Medical and sanitary report on the native army of Bombay for the year
Year: 1878
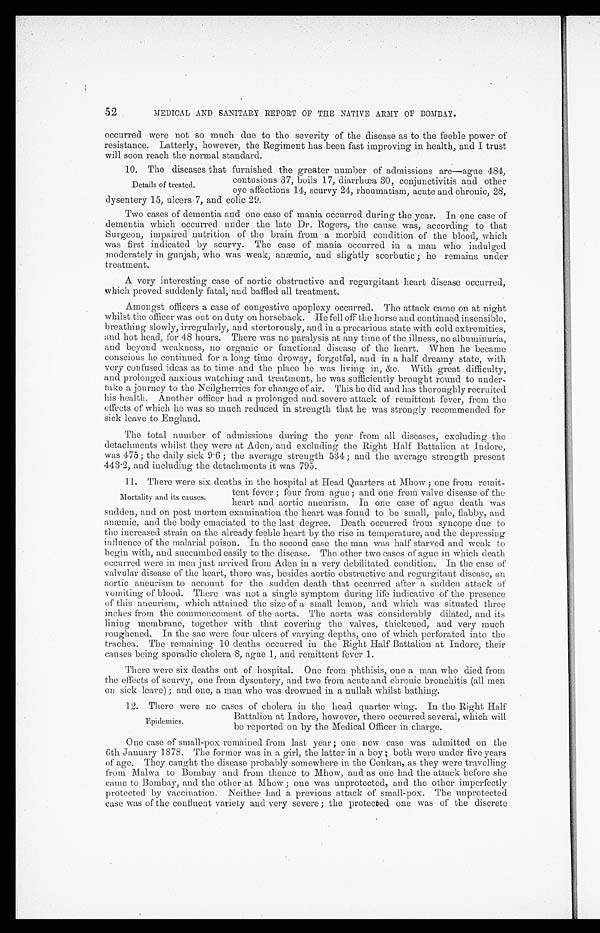
52
MEDICAL AND SANITARY REPORT OF THE NATIVE ARMY OF BOMBAY.
occurred were not so much due to the severity of the disease as to the feeble power of
resistance. Latterly, however, the Regiment has been fast improving in health, and I trust
will soon reach the normal standard.
10. The diseases that furnished the greater number of admissions are—ague 484,
Details of treated.
contusions 37, boils 17, diarrhœa 30, conjunctivitis and other
eye affections 14, scurvy 24, rheumatism, acute and chronic, 28,
dysentery 15, ulcers 7, and colic 29.
Two cases of dementia and one case of mania occurred during the year. In one case of
dementia which occurred under the late Dr. Rogers, the cause was, according to that
Surgeon, impaired nutrition of the brain from a morbid condition of the blood, which
was first indicated by scurvy. The case of mania occurred in a man who indulged
moderately in gunjah, who was weak, anæmic, and slightly scorbutic ; he remains under
treatment.
A very interesting case of aortic obstructive and regurgitant heart disease occurred,
which proved suddenly fatal, and baffled all treatment.
Amongst officers a case of congestive apoplexy occurred. The attack came on at night
whilst the officer was out on duty on horseback. He fell off the horse and continued insensible,
breathing slowly, irregularly, and stertorously, and in a precarious state with cold extremities,
and hot head, for 48 hours. There was no paralysis at any time of the illness, no albuminuria,
and beyond weakness, no organic or functional disease of the heart. When he became
conscious he continued for a long time drowsy, forgetful, and in a half dreamy state, with
very confused ideas as to time and the place he was living in, &c. With great difficulty,
and prolonged anxious watching and treatment, he was sufficiently brought round to under-
take a journey to the Neilgherries for change of air. This he did and has thoroughly recruited
his health. Another officer had a prolonged and severe attack of remittent fever, from the
effects of which he was so much reduced in strength that he was strongly recommended for
sick leave to England.
The total number of admissions during the year from all diseases, excluding the
detachments whilst they were at Aden, and excluding the Right Half Battalion at Indore,
was 475 ; the daily sick 9 . 6 ; the average strength 5.34 ; and the average strength present
443 . 2, and including the detachments it was 795.
11. There were six deaths in the hospital at Head Quarters at Mhow ; one from remit-
Mortality and its causes.
tent fever ; four from ague ; and one from valve disease of the
heart and aortic aneurism. In one case of ague death was
sudden, and on post mortem examination the heart was found to be small, pale, flabby, and
anæmic, and the body emaciated to the last degree. Death occurred from syncope due to
the increased strain on the already feeble heart by the rise in temperature, and the depressing
influence of the malarial poison. In the second case the man was half starved and weak to
begin with, and succumbed easily to the disease. The other two cases of ague in which death
occurred were in men just arrived from Aden in a very debilitated condition. In the case of
valvular disease of the heart, there was, besides aortic obstructive and regurgitant disease, an
aortic aneurism to account for the sudden death that occurred after a sudden attack of
vomiting of blood. There was not a single symptom during life indicative of the presence
of this aneurism, which attained the size of a small lemon, and which was situated three
inches from the commencement of the aorta. The aorta was considerably dilated, and its
lining membrane, together with that covering the valves, thickened, and very much
roughened. In the sac were four ulcers of varying depths, one of which perforated into the
trachea. The remaining 10 deaths occurred in the Right Half Battalion at Indore, their
causes being sporadic cholera 8, ague 1, and remittent fever 1.
There were six deaths out of hospital. One from phthisis, one a man who died from
the effects of scurvy, one from dysentery, and two from acute and chronic bronchitis (all men
on sick leave) ; and one, a man who was drowned in a nullah whilst bathing.
12. There were no cases of cholera in the head quarter wing. In the Right Half
Battalion at Indore, however, there occurred several, which will
be reported on by the Medical Officer in charge.
One case of small-pox remained from last year ; one new case was admitted on the
6th January 1878. The former was in a girl, the latter in a boy ; both were under five years
of age. They caught the disease probably somewhere in the Conkan, as they were travelling
from Malwa to Bombay and from thence to Mhow, and as one had the attack before she
came to Bombay, and the other at Mhow ; one was unprotected, and the other imperfectly
protected by vaccination. Neither had a previous attack of small-pox. The unprotected
case was of the confluent variety and very severe ; the protected one was of the discrete
Epidemics.